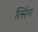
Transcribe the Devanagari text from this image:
त्सिंग